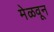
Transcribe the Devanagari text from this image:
मेळवून